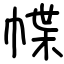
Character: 幉